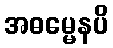
အဓမ္မေနပိ